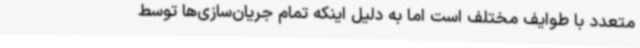
متعدد با طوایف مختلف است اما به دلیل اینکه تمام جریان‌سازی‌ها توسط